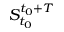
S _ { t _ { 0 } } ^ { t _ { 0 } + T }